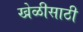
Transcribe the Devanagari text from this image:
खेळीसाठी